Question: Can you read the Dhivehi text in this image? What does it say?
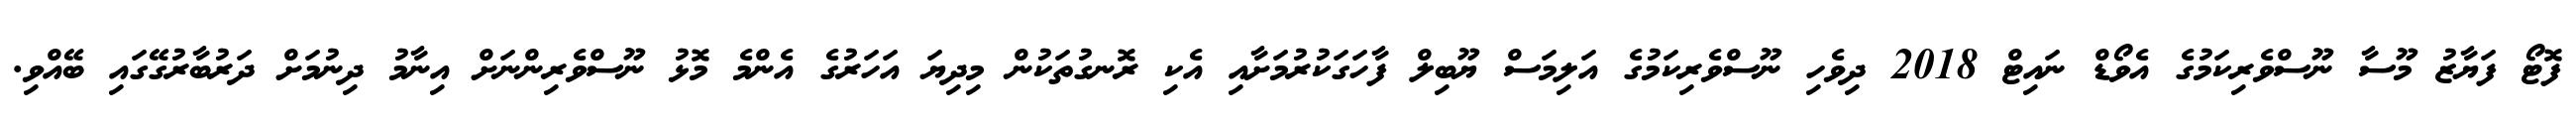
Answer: ފޮޓޯ ފަޔާޒު މޫސާ ނޫސްވެރިކަމުގެ އެވޯޑް ނައިޓް 2018 ދިވެހި ނޫސްވެރިކަމުގެ އަލިމަސް ޔޫބިލް ފާހަގަކުރުމަށާއި އެކި ރޮނގުތަކުން މިދިޔަ އަހަރުގެ އެންމެ މޮޅު ނޫސްވެރިންނަށް އިނާމު ދިނުމަށް ދަރުބާރުގޭގައި ބޭއްވި.